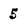
Character: 5